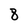
Character: 8